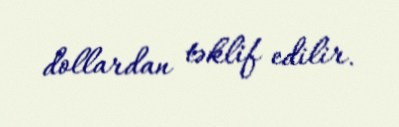
dollardan təklif edilir.